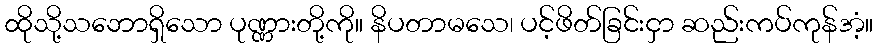
ထိုသို့သဘောရှိသော ပုဏ္ဏားတို့ကို။ နိပတာမသေ၊ ပင့်ဖိတ်ခြင်းငှာ ဆည်းကပ်ကုန်အံ့။